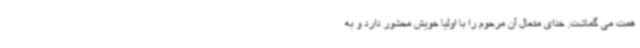
همت می گماشت. خدای متعال آن مرحوم را با اولیا خویش محشور دارد و به